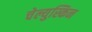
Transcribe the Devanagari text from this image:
चेल्युस्किन